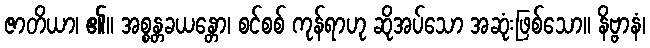
ဇာတိယာ၊ ၏။ အစ္စန္တခယန္တော၊ စင်စစ် ကုန်ရာဟု ဆိုအပ်သော အဆုံးဖြစ်သော။ နိဗ္ဗာနံ၊